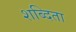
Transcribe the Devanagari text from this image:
शब्दिता